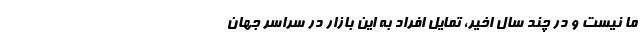
ما نیست و در چند سال اخیر، تمایل افراد به این بازار در سراسر جهان